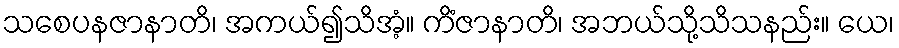
သစေပနဇာနာတိ၊ အကယ်၍သိအံ့။ ကိံဇာနာတိ၊ အဘယ်သို့သိသနည်း။ ယေ၊